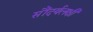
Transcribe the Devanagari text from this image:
सौंदर्यलक्षी